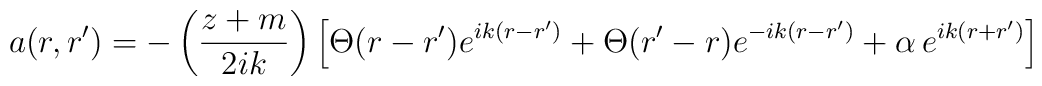
a(r,r^\prime)=-\left(\frac{z+m}{2ik}\right) \left[\Theta(r-r^\prime)e^{ik(r-r^\prime)} +\Theta(r^\prime-r) e^{-ik(r-r^\prime)} + \alpha\, e^{ik(r+r^\prime)}\right]